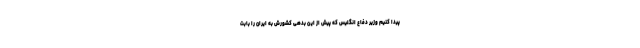
پیدا کنیم وزیر دفاع انگلیس که پیش از این بدهی کشورش به ایران را بابت